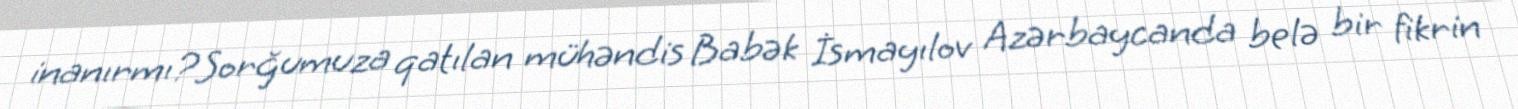
inanırmı?Sorğumuza qatılan mühəndis Babək İsmayılov Azərbaycanda belə bir fikrin